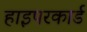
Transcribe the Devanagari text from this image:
हाइपरकार्ड